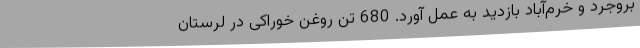
بروجرد و خرم‌آباد بازدید به عمل آورد. 680 تن روغن خوراکی در لرستان